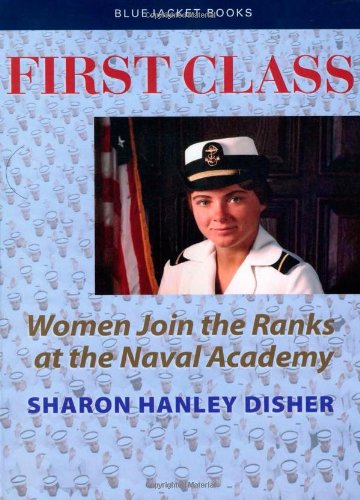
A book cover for First Class: Women Join the Ranks at the Naval Academy (Bluejacket Books); Sharon Hanley Disher; Test Preparation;